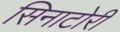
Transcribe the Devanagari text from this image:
सिनाटोरी